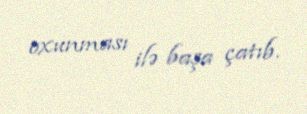
oxunması ilə başa çatıb.